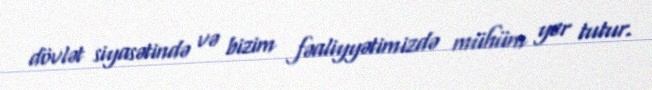
dövlət siyasətində və bizim fəaliyyətimizdə mühüm yer tutur.